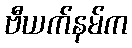
ဗီယက်နမ်က